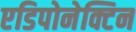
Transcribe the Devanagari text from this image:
एडिपोनेक्टिन